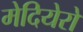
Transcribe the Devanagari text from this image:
मेदियेरो